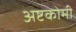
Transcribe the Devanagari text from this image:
अष्टकोमी